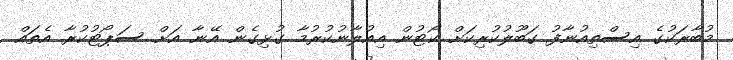
މުބާރަކުގެ އިސްތިއުނާފު ގަބޫލުކުރިކަށް ކޯޓުން އިއުލާނުކުރުމާ ގުޅިގެން އޭނާ އަށް ސަޕޯޓުކުރާ އެތައް